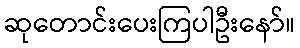
ဆုတောင်းပေးကြပါဦးနော်။